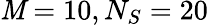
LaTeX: \mathit{M}=10,N_{S}=20